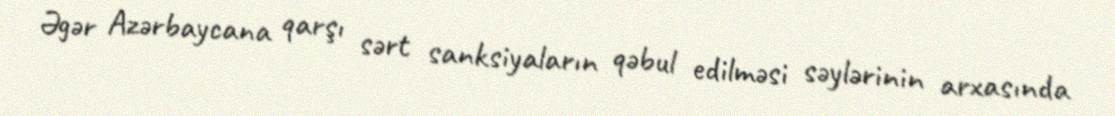
Əgər Azərbaycana qarşı sərt sanksiyaların qəbul edilməsi səylərinin arxasında